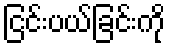
ငြင်းပယ်ခြင်းကို